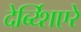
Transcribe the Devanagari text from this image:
देर्ब्य्शिएरे